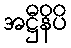
အဋ္ဌီနိပိ